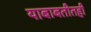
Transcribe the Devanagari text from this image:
याबाबतीतही